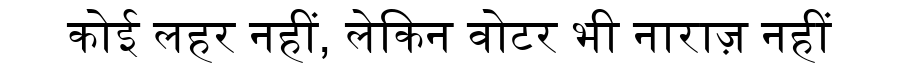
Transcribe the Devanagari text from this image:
कोई लहर नहीं, लेकिन वोटर भी नाराज़ नहीं